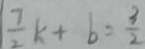
\frac { 7 } { 2 } k + b = \frac { 3 } { 2 }